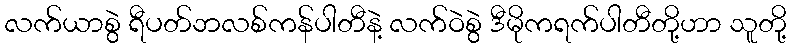
လက်ယာစွဲ ရီပတ်ဘလစ်ကန်ပါတီနဲ့ လက်ဝဲစွဲ ဒီမိုကရက်ပါတီတို့ဟာ သူတို့